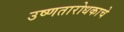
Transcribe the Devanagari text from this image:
उष्णतारोधकाचे